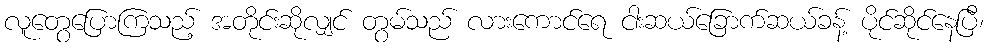
လူတွေပြောကြသည့် အတိုင်းဆိုလျှင် တွမ်သည် လားကောင်ရေ ငါးဆယ်ခြောက်ဆယ်ခန့် ပိုင်ဆိုင်နေပြီ၊